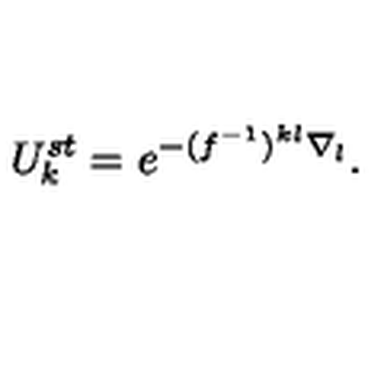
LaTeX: U _ { k } ^ { s t } = e ^ { - ( f ^ { - 1 } ) ^ { k l } \nabla _ { l } } .